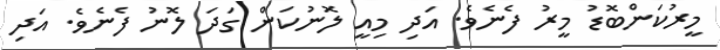
މީރުކަންބޮޑު މީރު ފެނެވެ. އަދި މިއީ ލޮނުކަން ގަދަ ލޮނު ފެނެވެ. އަދި